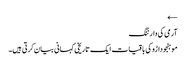
←
آرمی کی وارننگ
موہنجو داڑو کی باقیات ایک تاریخی کہانی بیان کرتی ہیں۔